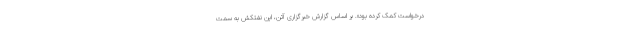
درخواست کمک کرده بود». بر اساس گزارش خبرگزاری آتن، این نفتکش به سمت